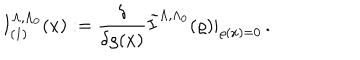
I _ { ( 1 ) } ^ { \Lambda , \Lambda _ { 0 } } ( x ) : = \frac { \delta } { \delta \varrho ( x ) } \tilde { I } ^ { \Lambda , \Lambda _ { 0 } } ( \varrho ) | _ { \varrho ( x ) = 0 } \, .